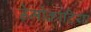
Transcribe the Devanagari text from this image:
डेमोक्राटिया